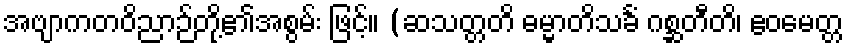
အဗျာကတဝိညာဉ်တို့၏အစွမ်း ဖြင့်။ (ဆသတ္တတိ ဓမ္မာတိသင်္ခံ ဂစ္ဆတီတိ၊ ဧဝမေတ္တ